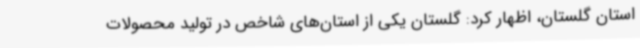
استان گلستان، اظهار کرد: گلستان یکی از استان‌های شاخص در تولید محصولات